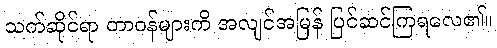
သက်ဆိုင်ရာ တာဝန်များကိ အလျင်အမြန် ပြင်ဆင်ကြရလေ၏။